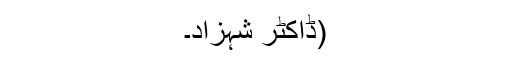
(ڈاکٹر شہزاد۔